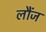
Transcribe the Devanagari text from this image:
लौंज